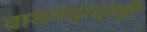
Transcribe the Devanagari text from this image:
वामनदादाही